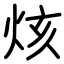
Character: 烗